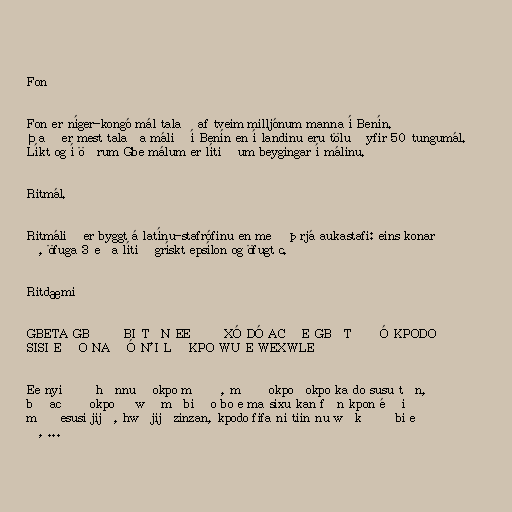
Fon

Fon er níger-kongó mál talað af tveim milljónum manna í Benín.
Það er mest talaða málið í Benín en í landinu eru töluð yfir 50 tungumál.
Líkt og í öðrum Gbe málum er lítið um beygingar í málinu.

Ritmál.

Ritmálið er byggt á latínu-stafrófinu en með þrjá aukastafi: eins konar
ð, öfuga 3 eða lítið grískt epsílon og öfugt c.

Ritdæmi

GBETA GBƐ Ɔ BI TƆN EE ƉƆ XÓ DÓ ACƐ E GBƐTƆ ƉÓ KPODO
SISI E ƉO NA ƉÓ N'I LƐ KPO WU E WEXWLE

Ee nyi ɖɔ hɛnnu ɖokpo mɛ ɔ, mɛ ɖokpoɖokpo ka do susu tɔn,
bɔ acɛ ɖokpo ɔ wɛ mɛbi ɖo bo e ma sixu kan fɛn kpon é ɖi
mɛɖesusi jijɛ, hwɛjijɔzinzan, kpodo fifa ni tiin nu wɛkɛ ɔ bi e
ɔ, ...